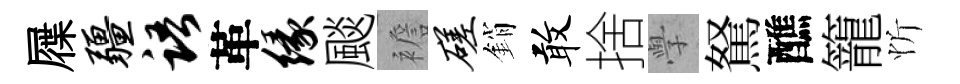
屧疆语革缘颷襜磋銷敢捨𭓕駑醮籠忻